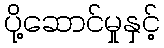
ပို့ဆောင်မှုနှင့်